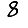
Digit: 8